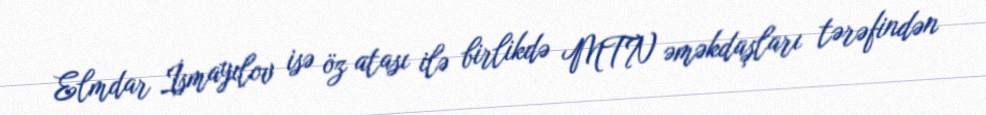
Elmdar İsmayılov isə öz atası ilə birlikdə MTN əməkdaşları tərəfindən